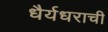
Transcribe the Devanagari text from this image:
धैर्यधराची